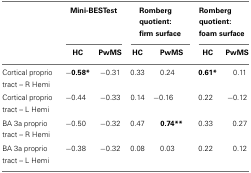
<table><thead><tr><td></td><td colspan="2"><b>Mini-BESTest</b></td><td colspan="2"><b>Romberg quotient: firm surface</b></td><td colspan="2"><b>Romberg quotient: foam surface</b></td></tr><tr><td></td><td><b>HC</b></td><td><b>PwMS</b></td><td><b>HC</b></td><td><b>PwMS</b></td><td><b>HC</b></td><td><b>PwMS</b></td></tr></thead><tbody><tr><td>Cortical proprio tract – R Hemi</td><td><b>−0.58*</b></td><td><b>−</b>0.31</td><td>0.33</td><td>0.24</td><td><b>0.61*</b></td><td>0.11</td></tr><tr><td>Cortical proprio tract – L Hemi</td><td><b>−</b>0.44</td><td><b>−</b>0.33</td><td>0.14</td><td><b>−</b>0.16</td><td>0.22</td><td><b>−</b>0.12</td></tr><tr><td>BA 3a proprio tract – R Hemi</td><td><b>−</b>0.50</td><td><b>−</b>0.32</td><td>0.47</td><td><b>0.74**</b></td><td>0.33</td><td>0.27</td></tr><tr><td>BA 3a proprio tract – L Hemi</td><td><b>−</b>0.38</td><td><b>−</b>0.32</td><td>0.08</td><td>0.03</td><td>0.22</td><td>0.12</td></tr></tbody></table>